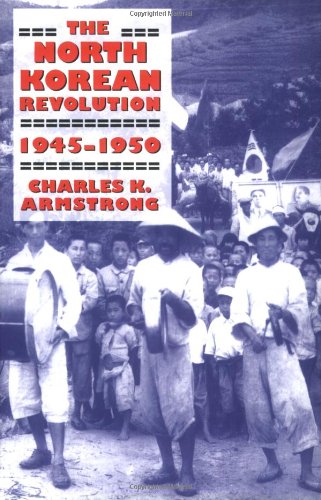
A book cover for The North Korean Revolution, 1945-1950 (Studies of the Weatherhead East Asian Institute, Columbia University); Charles K. Armstrong; Law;